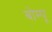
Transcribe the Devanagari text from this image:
बोम्पू